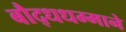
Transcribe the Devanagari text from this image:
बौद्धधम्माने